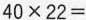
$$4 0 \times 2 2 =$$